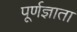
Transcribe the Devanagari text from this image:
पूर्णज्ञाता